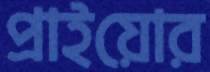
প্রাইয়োর